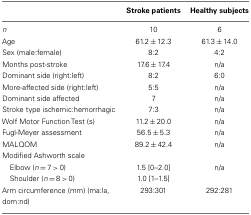
|  | Stroke patients | Healthy subjects |
 | --- | --- | --- |
 | n | 10 | 6 |
 | Age | 61.2 ± 12.3 | 61.3 ± 14.0 |
 | Sex (male:female) | 8:2 | 4:2 |
 | Months post-stroke | 17.6 ± 17.4 | n/a |
 | Dominant side (right:left) | 8:2 | 6:0 |
 | More-affected side (right:left) | 5:5 | n/a |
 | Dominant side affected | 7 | n/a |
 | Stroke type ischemic:hemorrhagic | 7:3 | n/a |
 | Wolf Motor Function Test (s) | 11.2 ± 20.0 | n/a |
 | Fugl-Meyer assessment | 56.5 ± 5.3 | n/a |
 | MALQOM | 89.2 ± 42.4 | n/a |
 | Modified Ashworth scale |
 | Elbow (n = 7 > 0) | 1.5 [0–2.0] | n/a |
 | Shoulder (n = 8 > 0) | 1.0 [1–1.5] |  |
 | Arm circumference (mm) (ma:la, dom:nd) | 293:301 | 292:281 |